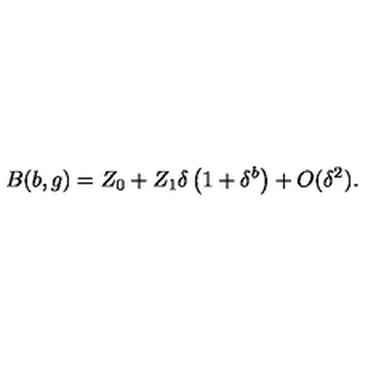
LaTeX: B ( b , g ) = Z _ { 0 } + Z _ { 1 } \delta \left( 1 + \delta ^ { b } \right) + O ( \delta ^ { 2 } ) .